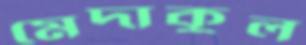
মেদাকুল